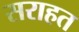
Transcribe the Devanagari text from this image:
सराहत